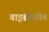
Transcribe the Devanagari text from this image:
वाइब्रोफोन